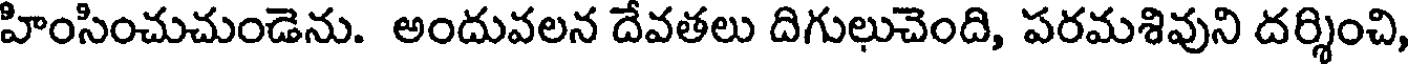
హింసించుచుండెను. అందువలన దేవతలు దిగులుచెంది, పరమశివుని దర్శించి,